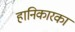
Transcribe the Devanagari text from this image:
हानिकारका